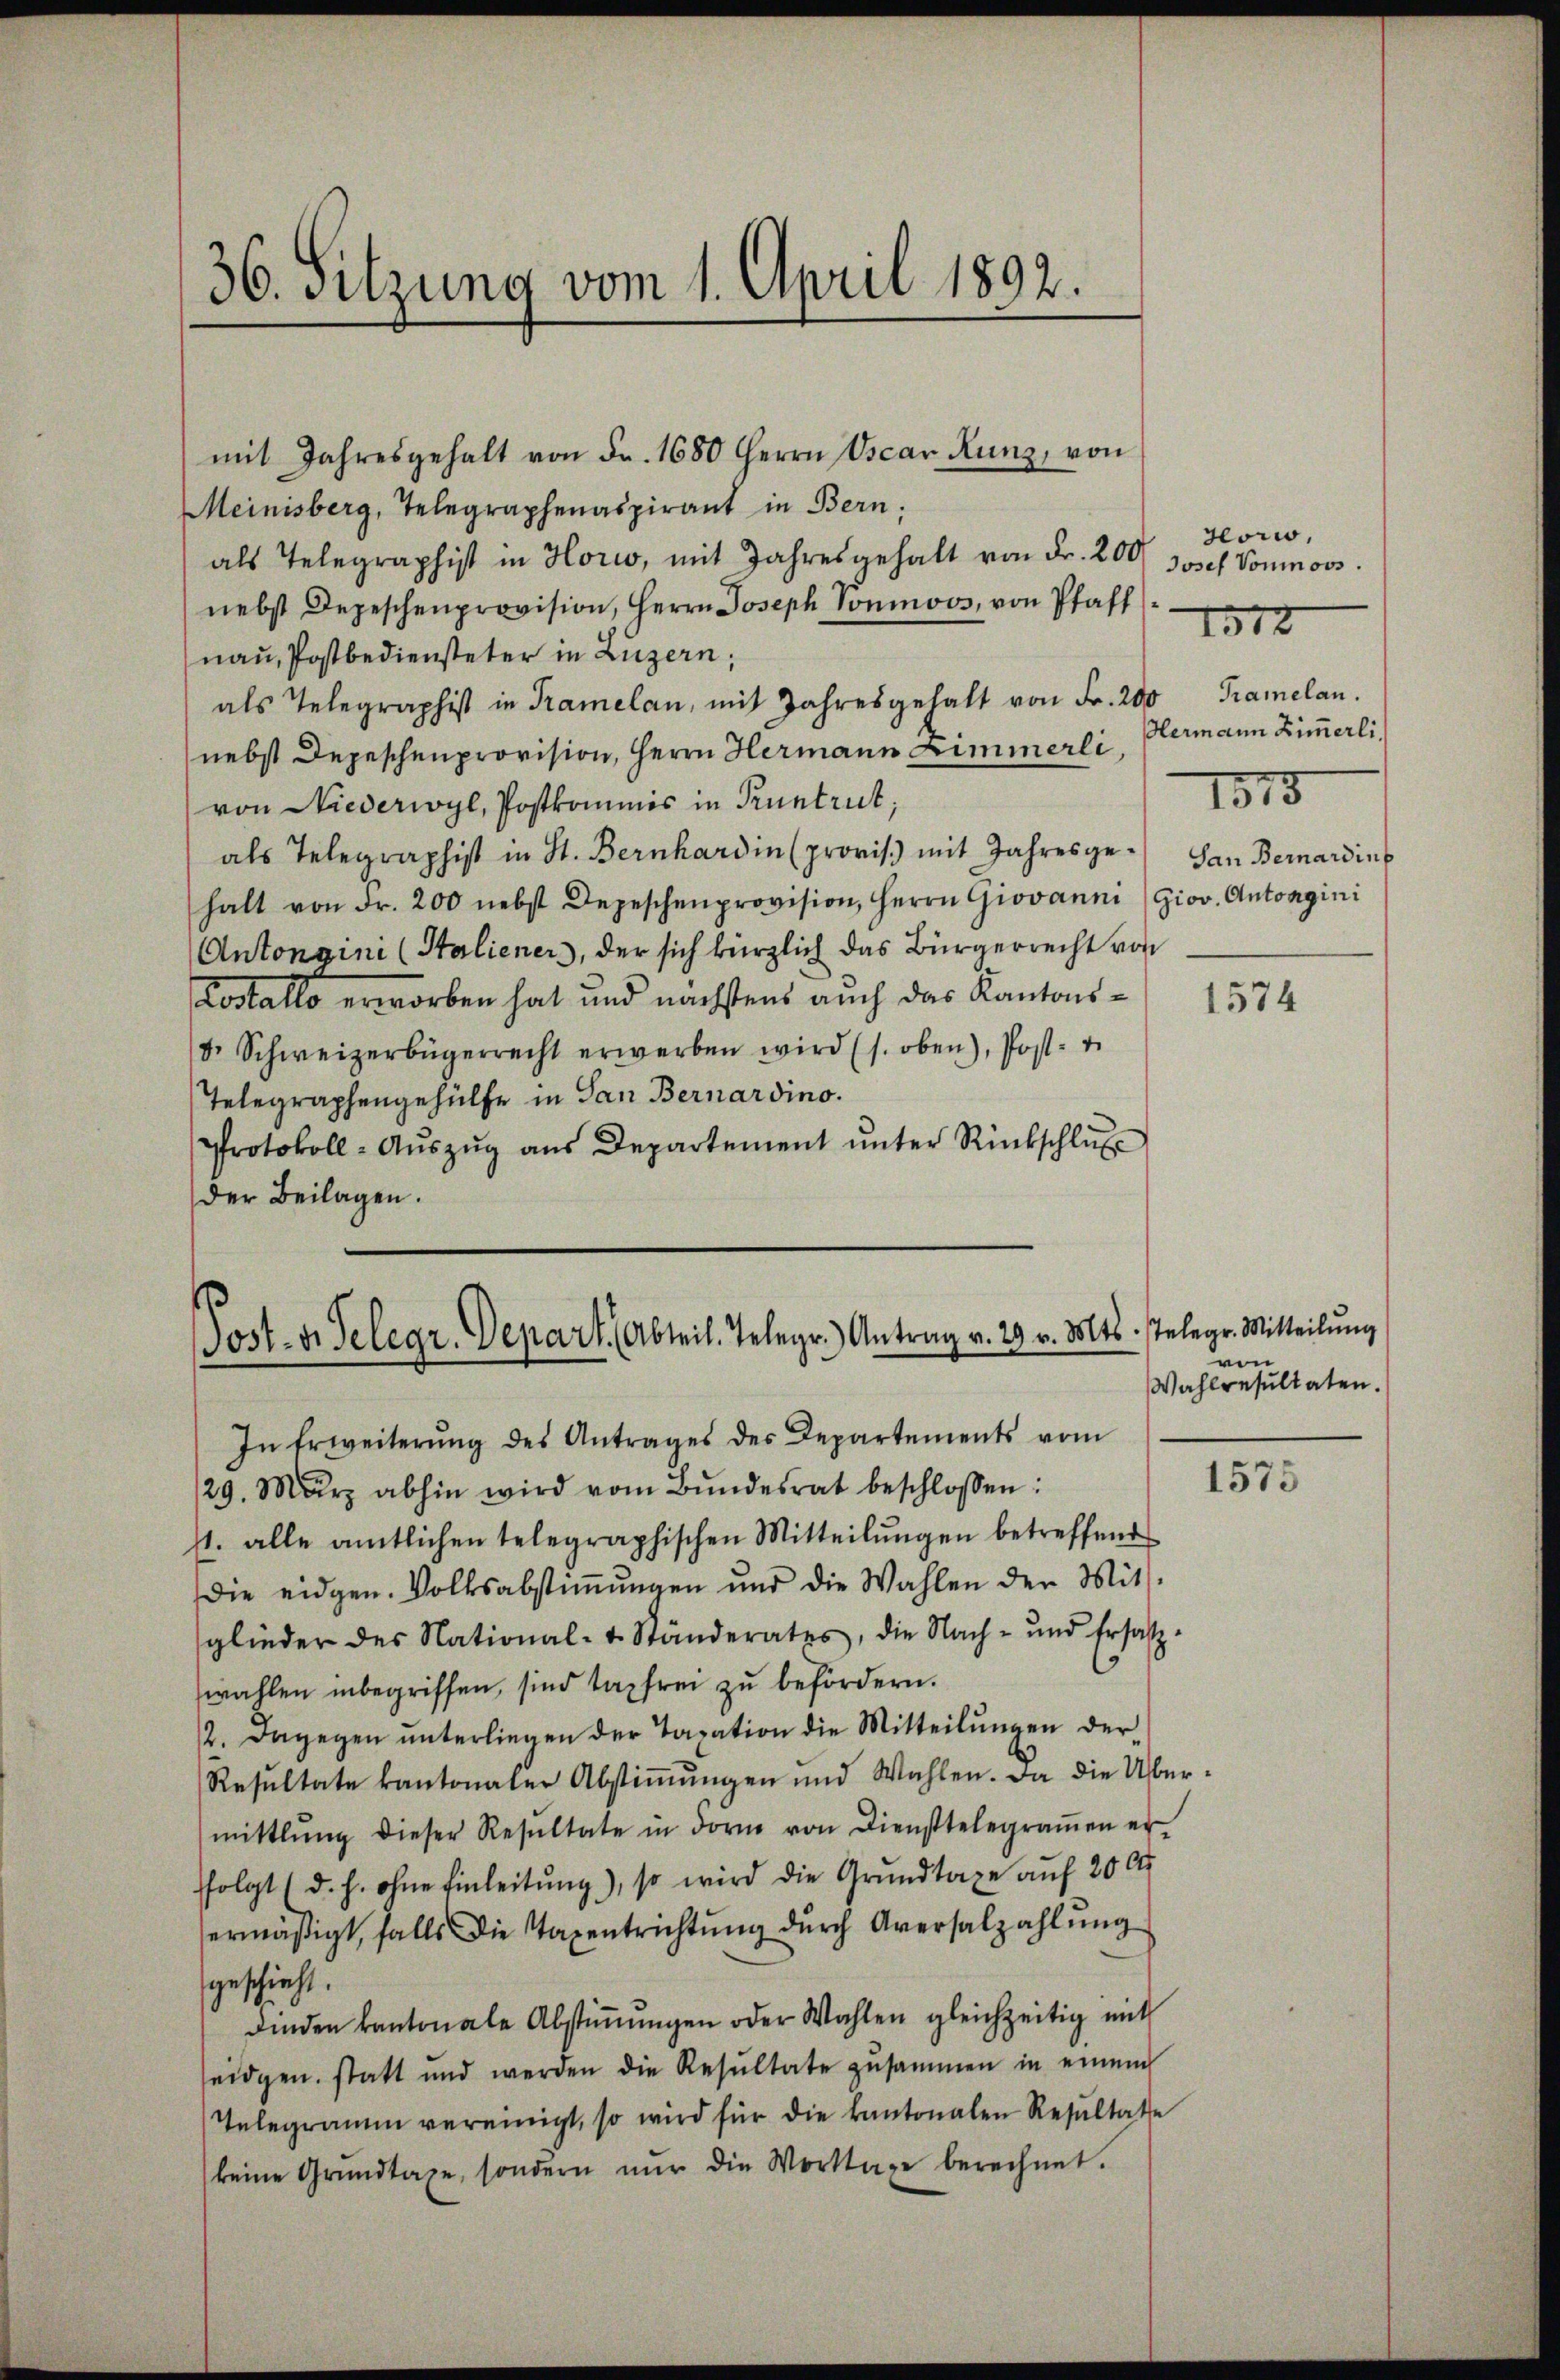
36. Sitzung vom 1. April 1892.

mit Jahresgehalt von Fr. 1680 Herrn Oscar Kunz, von
Meinisberg, Telegraphenaspirant in Bern,
als Telegraphist in Horio, mit Jahresgehalt von Fr. 200
nebst Depeschenprovision, Herrn Joseph Sonmoos, von Pfaff
nau, Postbediensteter in Luzern,
als Telegraphist in Tramelan, mit Jahresgehalt von Fr. 200 Tramelan.
nebst Depeschenprovision, Herrn Hermann Zimmerli,
von Niederwyl, Postkommis in Pruntrut,
als Telegraphist in St. Bernhardin (provis. mit Jahresge- San Bernarding
halt von Fr. 200 nebst Depeschenprovision, Herrn Giovanni (Giov. Antorgini
Antongini (Staliener, der sich kürzlich das Bürgerrecht von
Costallo erworben hat und nächstens auch das Kantonsdr. Schweizerbürgerrecht erwerben wird (s. oben), Post- u.
Telegraphengehülfe in San Bernardino.
Protokoll-Aŭszŭg aŭs Departement ŭnter Rückschlŭβ
der Beilagen.

Post. v. Gelegr. Depart (Abteil. Telegr.) Antrag v. 29. v. Mts.

In Erweiterŭng des Antrages des Departements vom
29. März abhin wird vom Bŭndesrat beschlossen:
11. alle amtlichen telegraphischen Mitteilŭngen betreffend
die eidgen. Volksabstiṁŭngen und die Wahlen der Mit-
glieder des National- u. Standerates, die Nach- und Ersatz-
wahlen inbegriffen, sind tapfrei zu befördern.
2. Dagegen ŭnterliegen der Taxation die Mitteilŭngen der-
Resultate kantonaler Abstimmungen und Wahlen. Da die Übermittlung dieser Resŭltate in dori von Diensttelegraṁen er-
ffolgt (d. h. ohne Einleitŭng), so wird die Grundtage auf 200
ermäßigt, falls die Taxentrichtung durch Aversalzahlung
geschieht.
Finden kantonale Abstiṁŭngen oder Wahlen gleichzeitig mit
seidgen. statt und werden die Resŭltate zusammen in einem
Telegramm vereinigt, so wird für die kantonalen Resultate
keine Grŭndtage, sondern nŭr die Worttage berechnet.

Horw,
Josef Vonmoos.
Blermann Zimmerli
1815

1518

1574

Telegr. Mitteilung
ven
Wahlresultaten.

1575